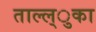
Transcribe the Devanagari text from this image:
ताल्ल्ुका